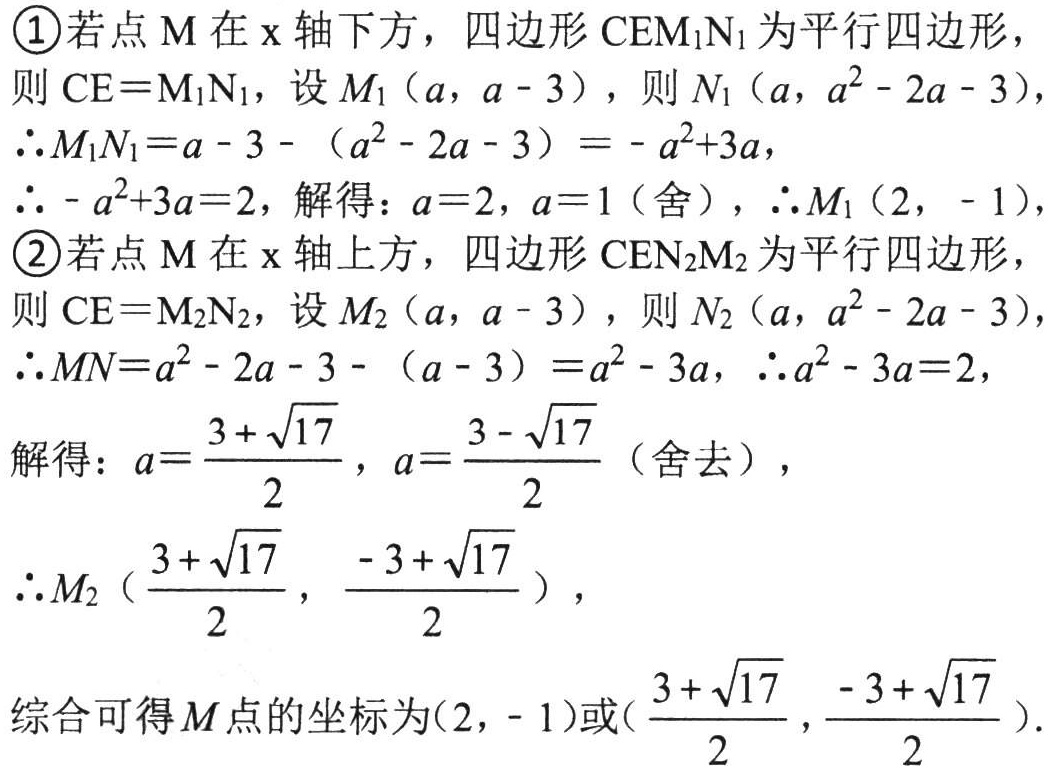
\textcircled{1}若点\(M\)在\(x\)轴下方，四边形\(CEM_{1}N_{1}\)为平行四边形，
则\(CE = M_{1}N_{1}\)，设\(M_{1}(a,a - 3)\)，则\(N_{1}(a,a^{2}-2a - 3)\)，
\(\therefore M_{1}N_{1}=a - 3-(a^{2}-2a - 3)=-a^{2}+3a\)，
\(\therefore -a^{2}+3a = 2\)，解得：\(a = 2\)，\(a = 1\)（舍），\(\therefore M_{1}(2,-1)\)，
\textcircled{2}若点\(M\)在\(x\)轴上方，四边形\(CEN_{2}M_{2}\)为平行四边形，
则\(CE = M_{2}N_{2}\)，设\(M_{2}(a,a - 3)\)，则\(N_{2}(a,a^{2}-2a - 3)\)，
\(\therefore MN=a^{2}-2a - 3-(a - 3)=a^{2}-3a\)，\(\therefore a^{2}-3a = 2\)，
解得：\(a=\frac{3 + \sqrt{17}}{2}\)，\(a=\frac{3 - \sqrt{17}}{2}\)（舍去），
\(\therefore M_{2}(\frac{3 + \sqrt{17}}{2},\frac{-3 + \sqrt{17}}{2})\)，
综合可得\(M\)点的坐标为\((2,-1)\)或\((\frac{3 + \sqrt{17}}{2},\frac{-3 + \sqrt{17}}{2})\).